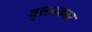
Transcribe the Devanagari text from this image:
वृत्तप्रकार